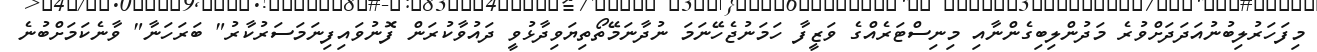
މިފަހަރުލިބުނުއަދަދަށްވުރެ މަދުންލިބިގެންނާއި މިނިސްޓަރެއްގެ ވަޒީފާ ހަމަނުޖެހޭނަމަ ނުދާނަމޭތޯތިޔަވިދާޅުވީ ދައުވާކުރަން ފޮނުވައިފިނަމަސަރުކާރު" ބަރަހަނާ" ވާނެކަމަށްބުނެ